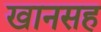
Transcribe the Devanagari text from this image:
खानसह